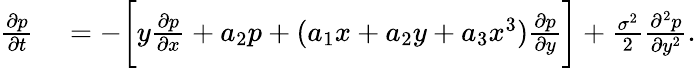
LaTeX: \begin{array}{rl}{\frac{\partial p}{\partial t}}&{{}=-\bigg[y\frac{\partial p}{\partial x}+a_{2}p+(a_{1}x+a_{2}y+a_{3}x^{3})\frac{\partial p}{\partial y}\bigg]+\frac{\sigma^{2}}{2}\frac{\partial^{2}p}{\partial y^{2}}.}\end{array}